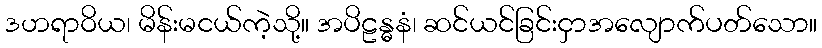
ဒဟရာဝိယ၊ မိန်းမငယ်ကဲ့သို့။ အပိဠန္ဓနံ၊ ဆင်ယင်ခြင်းငှာအလျောက်ပတ်သော။